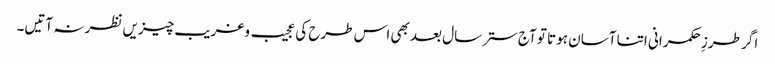
اگر طرزِ حکمرانی اتنا آسان ہوتا تو آج ستر سال بعد بھی اس طرح کی عجیب وغریب چیزیں نظر نہ آتیں۔